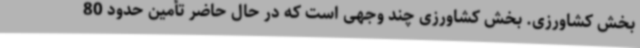
بخش کشاورزی. بخش کشاورزی چند وجهی است که در حال حاضر تأمین حدود 80